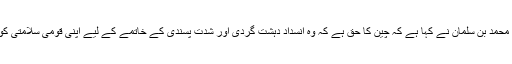
اب سعودی عرب کے ولی عہد شہزادہ محمد بن سلمان نے کہا ہے کہ چین کا حق ہے کہ وہ انسداد دہشت گردی اور شدت پسندی کے خاتمے کے لیے اپنی قومی سلامتی کو مدنظر رکھتے ہوئے اقدامات کرے ۔